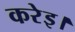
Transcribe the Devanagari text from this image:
करेइ।